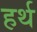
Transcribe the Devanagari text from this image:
हर्थ